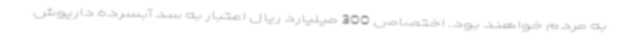
به مردم خواهند بود. اختصاص 300 میلیارد ریال اعتبار به سد آبسرده داریوش